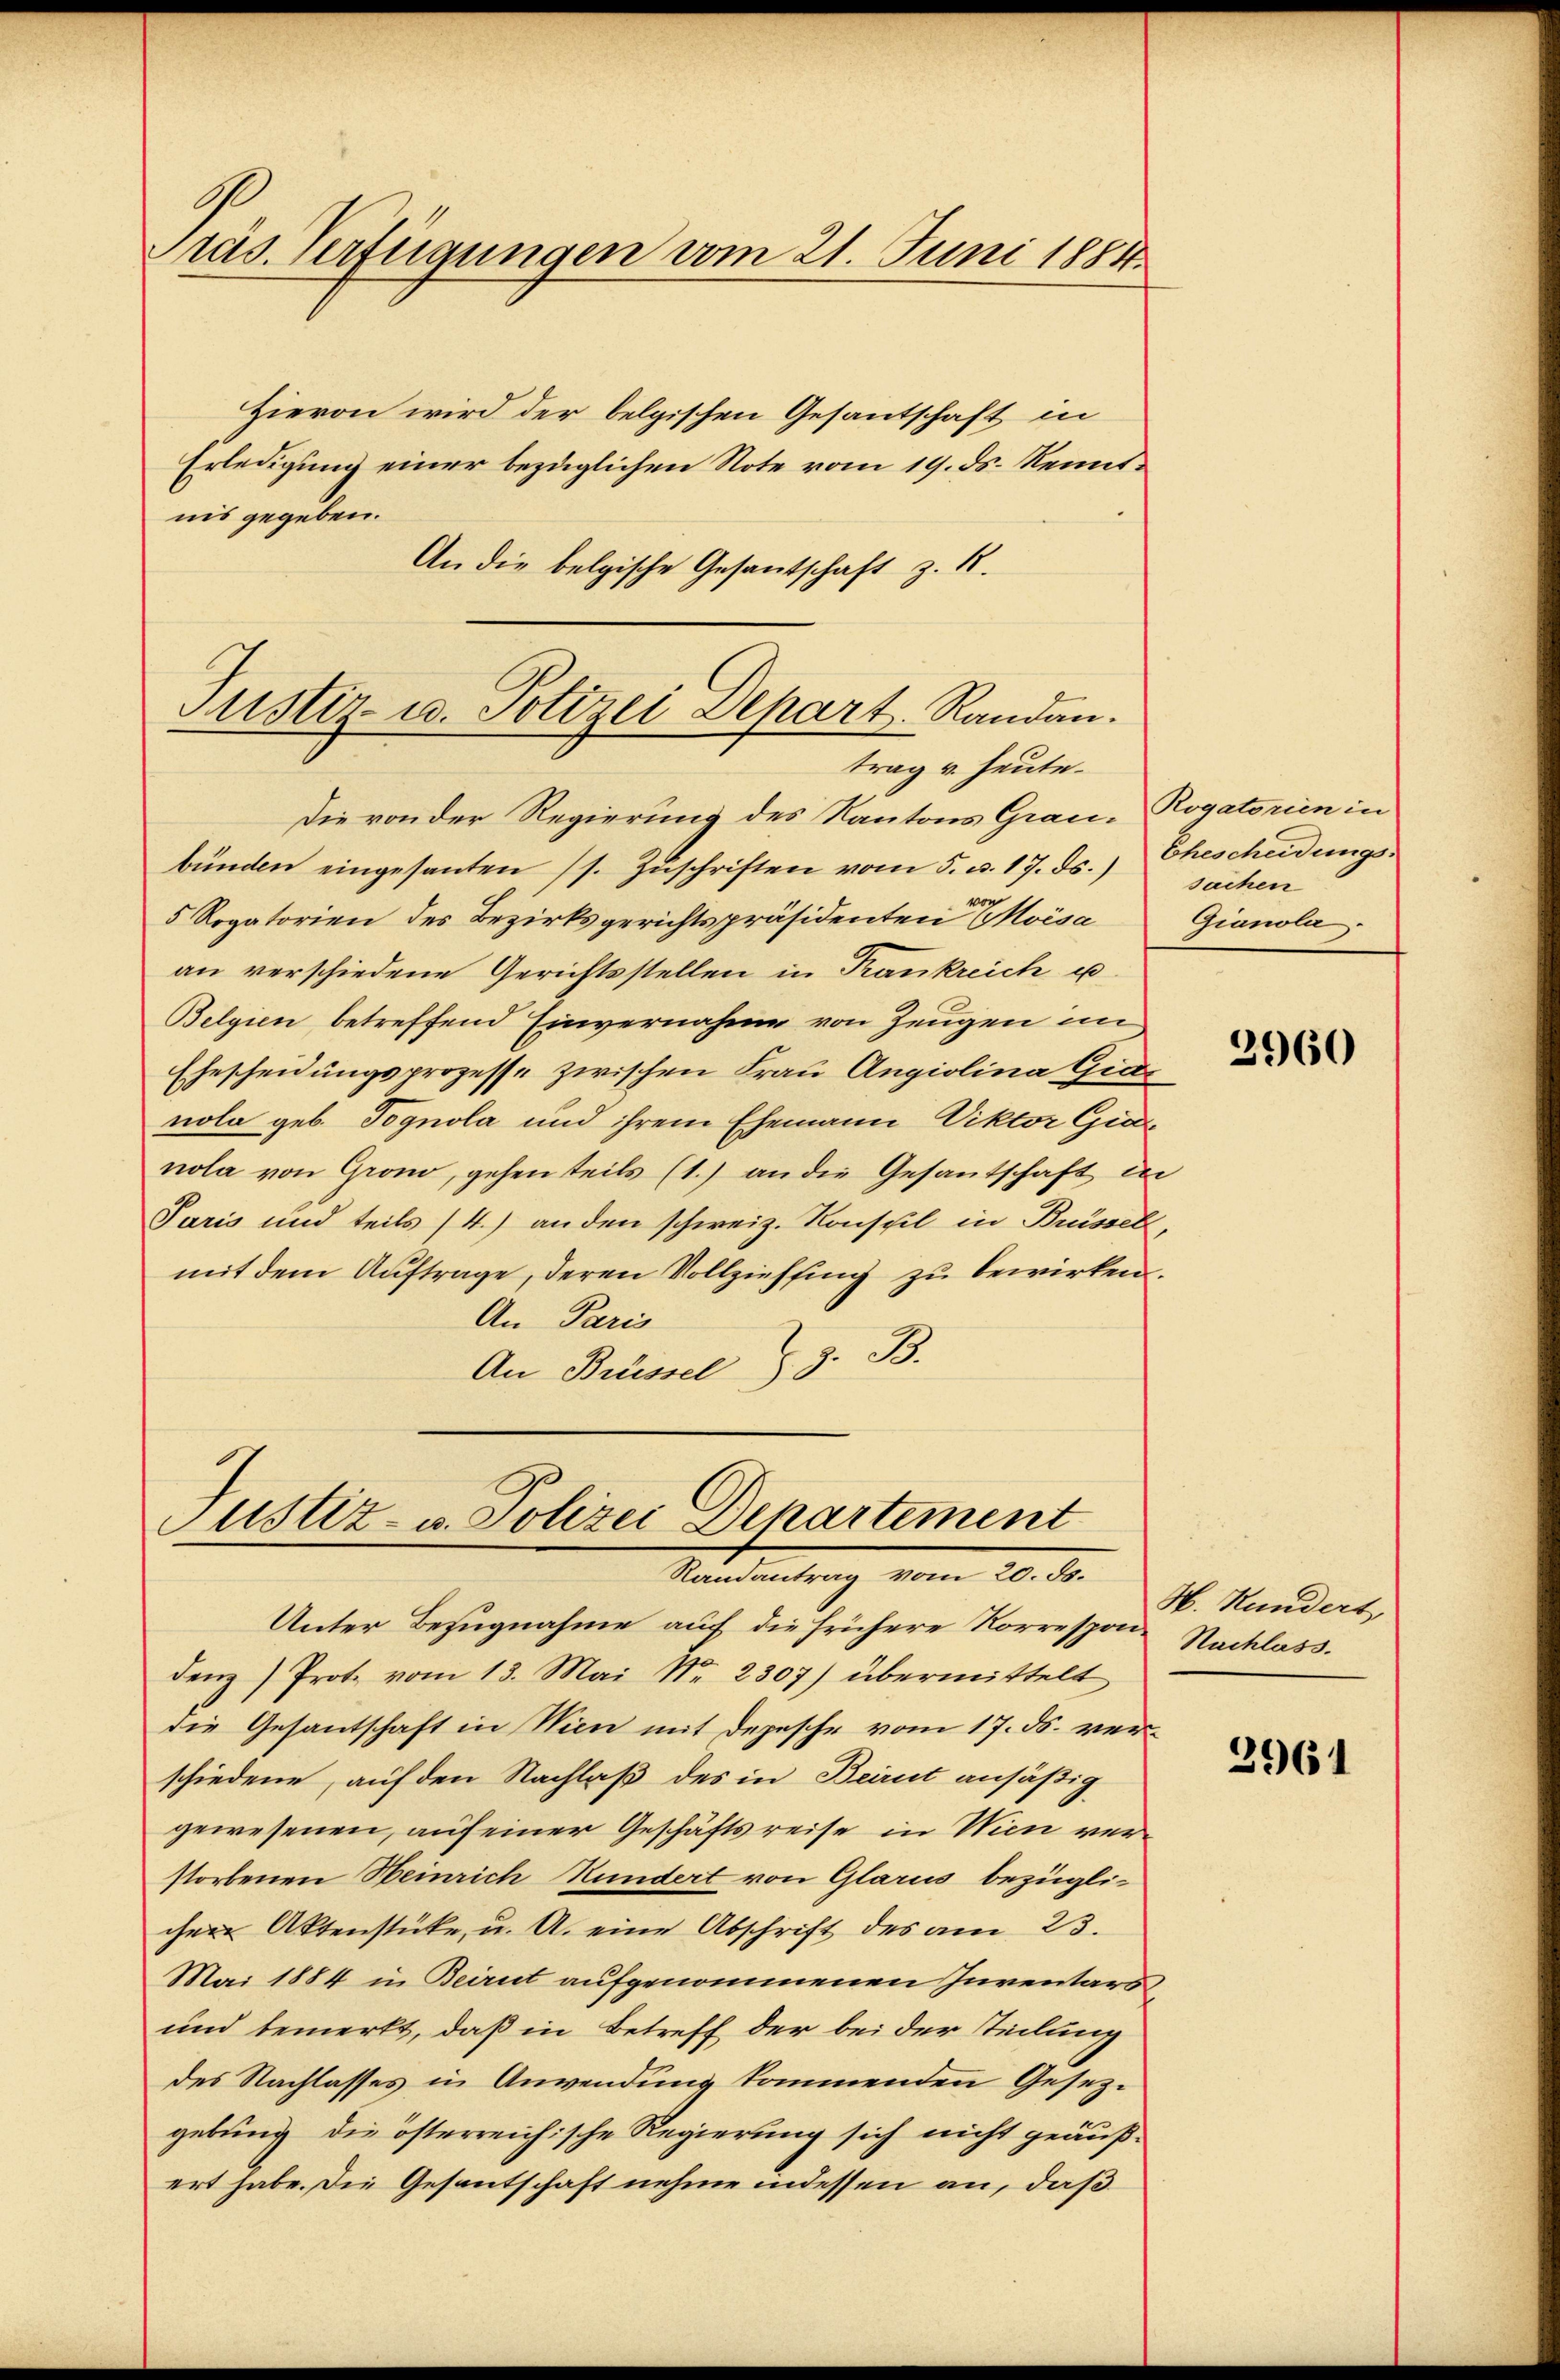
räs. Verfügungen vom 21. Juni 1884.

Hievon wird der belgischen Gesantschaft in
Erledigung einer bezüglichen Note vom 19. ds. Renntnis gegeben.
An die belgische Gesantschaft z. B.
Justiz- u. Polizei Depart. Randan

trag v. Heute.

Die von der Regierung des Kantons Grau-Rogatorien in
bünden eingesanten (s. Zŭschriften vom 5. d. 17. ds. Ehescheidŭngs-
100
5 Rogatorien des Bezirksgerichtspräsidenten Moisa Gianola
an verschiedene Gerichtsstellen in Frankreich u
Belgien betreffend Einvernahme von Zeugen im
Ehescheidungsprozesse zwischen Frau Angiolina Graz
nola geb. Pognola und ihrem Ehemann Viktor Gia
nola von Gron, gehen teils (1.) an die Gesantschaft in
Paris und teils (4) an den schweiz. Konseil in Brüssel,
mit dem Auftrage, deren Vollziehung zu bewirken.
An Paris
An Brüssel S. z. B.

Justiz- u. Polizei Departement
Randantrag vom 20. ds.

sachen

Unter Bezugnahme auf die frühere Korrespon Nachlass.
denz Prote vom 13. Mai Nr. 2307) übermittelt
die Gesantschaft in Wien mit Depesche vom 17. ds. verschiedene, auf den Nachlaß des in Beirut ansäßig
gewesenen, auf einer Geschäftsreise in Wien verstorbenen Heinrich Kundert von Glarus bezüglichen Aktenstüke u. A. eine Abschrift des am 23.
Mai 1884 in Beirut aufgenommenen Inventars
und bemerkt, daß in Betreff der bei der Teilung
des Nachlasses in Anwendung kommenden Gesetz-
gebung die österreichische Regierung sich nicht geäußert habe. Die Gesantschaft nehme indessen an, daß

2960

H. Hundert,

3961